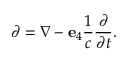
\partial = \nabla - \mathbf { e } _ { 4 } { \frac { 1 } { c } } { \frac { \partial } { \partial t } } .